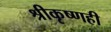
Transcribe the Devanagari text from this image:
श्रीकृष्णही